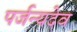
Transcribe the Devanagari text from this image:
पर्जन्यदेव